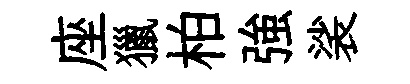
座獵柏強裟